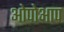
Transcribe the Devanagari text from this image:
ओपोआप